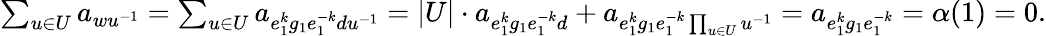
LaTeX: \begin{array}{r}{\sum_{u\in U}a_{wu^{-1}}=\sum_{u\in U}a_{e_{1}^{k}g_{1}e_{1}^{-k}du^{-1}}=|U|\cdot a_{e_{1}^{k}g_{1}e_{1}^{-k}d}+a_{e_{1}^{k}g_{1}e_{1}^{-k}\prod_{u\in U}u^{-1}}=a_{e_{1}^{k}g_{1}e_{1}^{-k}}=\alpha(1)=0.}\end{array}